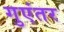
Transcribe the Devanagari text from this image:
गुएंतर